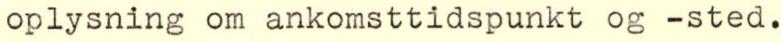
oplysning om ankomsttidspunkt og -sted.